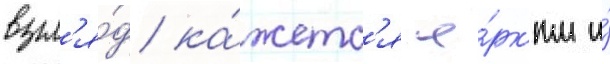
взгл'я́д ка́жетс'я я́рк'им и́